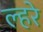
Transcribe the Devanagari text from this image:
ल्हरे